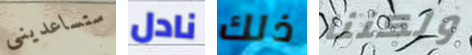
ستساعديني نادل ذلك ولكننا